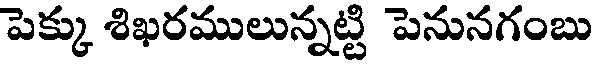
పెక్కు శిఖరములున్నట్టి పెనునగంబు